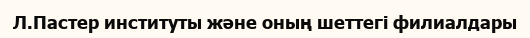
Л.Пастер институты және оның шеттегі филиалдары